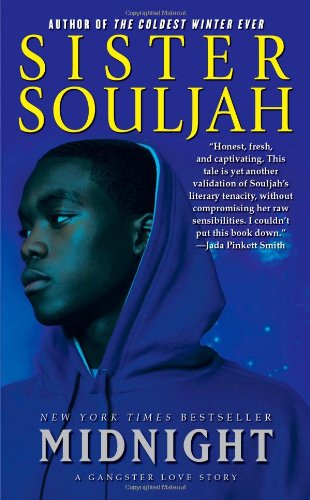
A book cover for Midnight: A Gangster Love Story (The Midnight Series); Sister Souljah; Literature & Fiction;